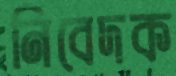
নিবেদক